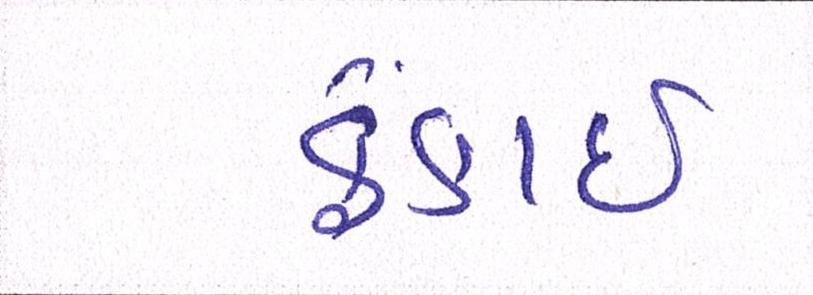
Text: ફેંકાઈ